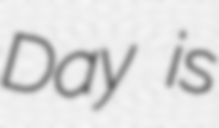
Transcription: Day is